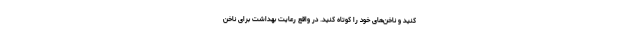
کنید و ناخن‌های خود را کوتاه کنید. در واقع رعایت بهداشت برای ناخن